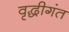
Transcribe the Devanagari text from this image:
वृद्धीगंत